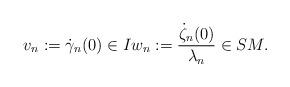
LaTeX: \begin{align*} v_n:=\dot\gamma_n(0)\in I w_n:=\frac{\dot\zeta_n(0)}{\lambda_n}\in SM.\end{align*}